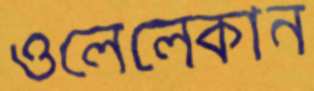
ওলেলেকান